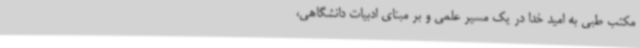
مکتب طبی به امید خدا در یک مسیر علمی و بر مبنای ادبیات دانشگاهی،